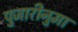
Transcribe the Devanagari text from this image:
पुजारीनुमा